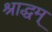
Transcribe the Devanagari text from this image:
श्राद्धम्‌